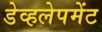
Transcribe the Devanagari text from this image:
डेव्हलेपमेंट